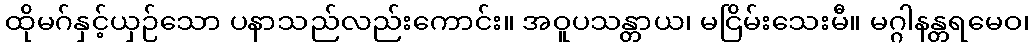
ထိုမဂ်နှင့်ယှဉ်သော ပနာသည်လည်းကောင်း။ အဝူပသန္တာယ၊ မငြိမ်းသေးမီ။ မဂ္ဂါနန္တရမေဝ၊